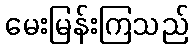
မေးမြန်းကြသည်